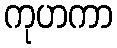
ကုဟကာ